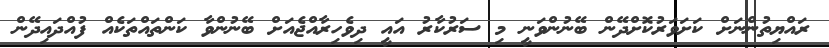
ރައްޔިތުންނަށް ކަށަވަރުކޮށްދޭން ބޭނުންވަނީ މި ސަރުކާރު އައީ ދިވެހިރާއްޖެއަށް ބޭނުންވާ ކަންތައްތަކެއް ފުއްދައިދޭން